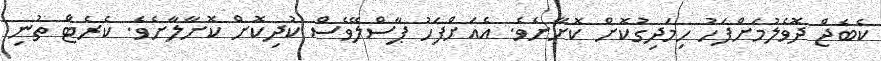
ކެބެޖް ދޮވެލުމަށްފަހު ހިމަދިގުކޮށް ކޮށާށެވެ. އެއަށްފަހު ޕާސްލޭވެސް ކުދިކޮށް ކޮށާލާށެވެ. ކެރެޓް ތުނި